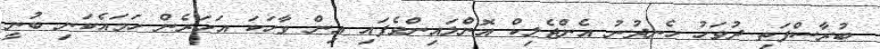
ބުރާސްފަތި ދުވަހު ހެނދުނު އެންޖެލިކް އޮންލައިންވެފައި އިން ވާހަކަ އަހަރެން ހަމައެކަނި ބުނީ